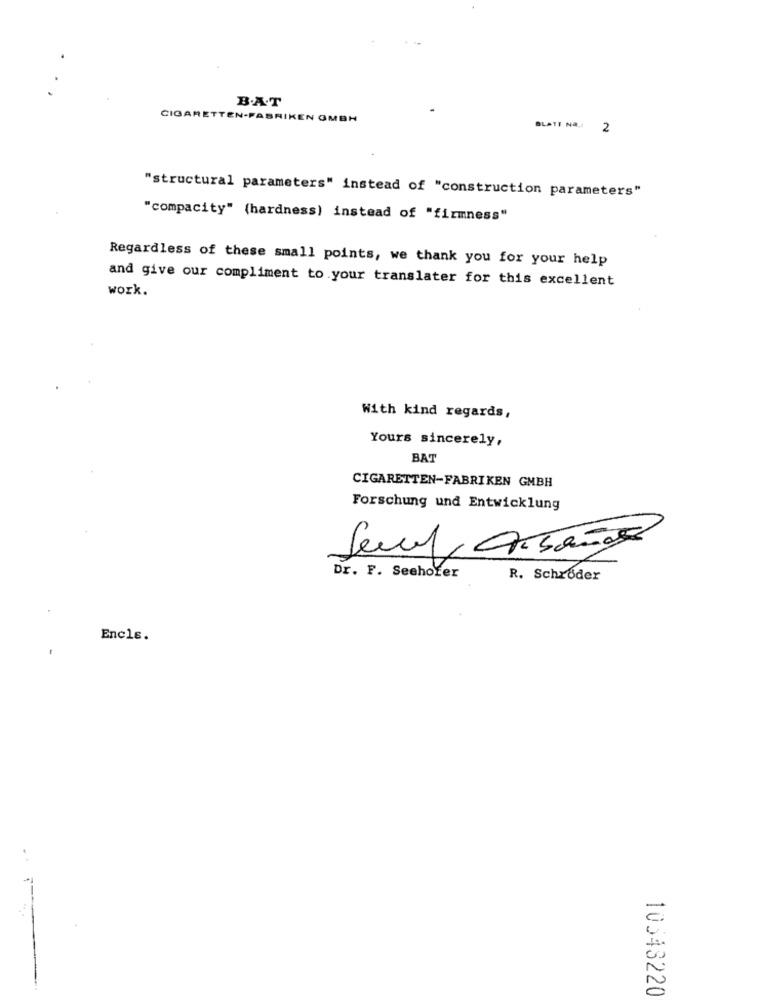
B.A.T
CIGARETTEN-FABRIKEN GMBH
BLATT NA ..
"structural parameters" instead of "construction parameters"
"compacity" (hardness) instead of "firmness"
Regardless of these small points, we thank you for your help
and give our compliment to your translater for this excellent
work.
With kind regards,
Yours sincerely,
BAT
CIGARETTEN-FABRIKEN GMBH
Forschung und Entwicklung
Dr. F. Seehofer
R. Schroder
Encle.
10543220